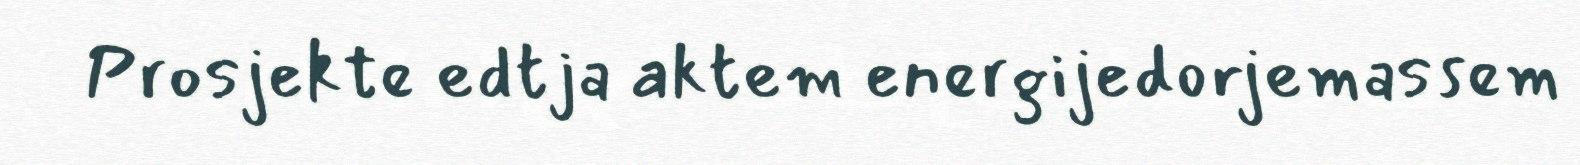
Prosjekte edtja aktem energijedorjemassem